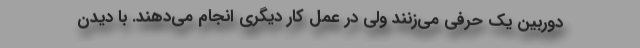
دوربین یک حرفی می‌زنند ولی در عمل کار دیگری انجام می‌دهند. با دیدن